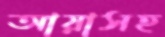
আয়াসহ